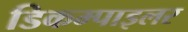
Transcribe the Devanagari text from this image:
डिकम्पाइलर